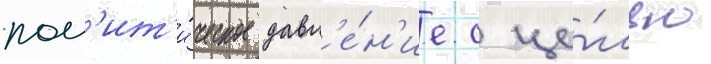
пол'ит'и́ческое давл'е́н'ие с це́лью